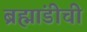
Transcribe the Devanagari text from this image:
ब्रह्मांडीची